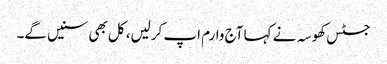
جسٹس کھوسہ نے کہا آج وارم اپ کرلیں، کل بھی سنیں گے۔